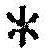
*